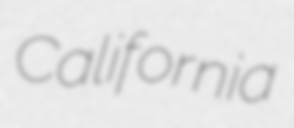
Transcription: California